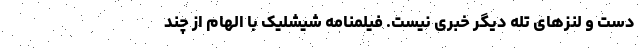
دست و لنزهای تله دیگر خبری نیست. فیلمنامه شیشلیک با الهام از چند